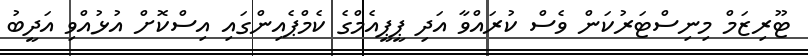
ޓޫރިޒަމް މިނިސްޓަރުކަން ވެސް ކުރައްވާ އަދި ޕީޕީއެމްގެ ކެމްޕެއިންގައި އިސްކޮށް އުޅުއްވި އަދީބު